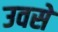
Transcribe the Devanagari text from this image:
उवसे